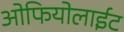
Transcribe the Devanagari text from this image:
ओफियोलाईट